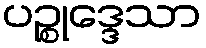
ပဉ္စုဒ္ဒေသာ